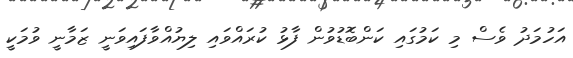
އަހުމަދު ވެސް މި ކަމުގައި ކަންބޮޑުވުން ފާޅު ކުރައްވައި ލިޔުއްވާފައިވަނީ ޒަމާނީ ވުމަކީ